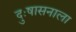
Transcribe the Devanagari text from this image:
दुःषासनाला